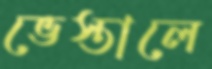
ভেস্তালে